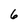
Character: 6